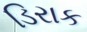
ડિરાક